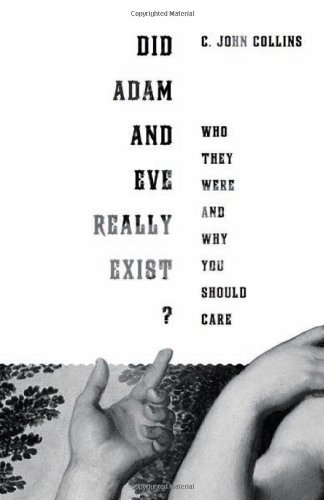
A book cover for Did Adam and Eve Really Exist?: Who They Were and Why You Should Care; C. John Collins; Christian Books & Bibles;